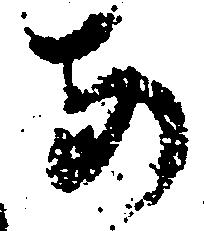
あ